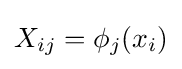
X_{ij}=\phi _{j}(x_{i})